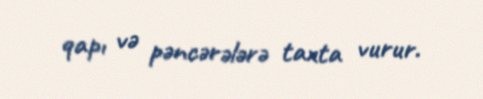
qapı və pəncərələrə taxta vurur.